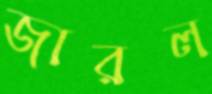
জারল